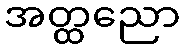
အတ္ထညော